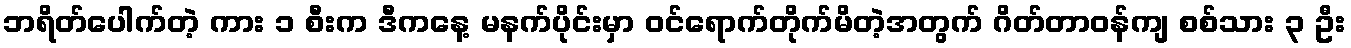
ဘရိတ်ပေါက်တဲ့ ကား ၁ စီးက ဒီကနေ့ မနက်ပိုင်းမှာ ဝင်ရောက်တိုက်မိတဲ့အတွက် ဂိတ်တာဝန်ကျ စစ်သား ၃ ဦး